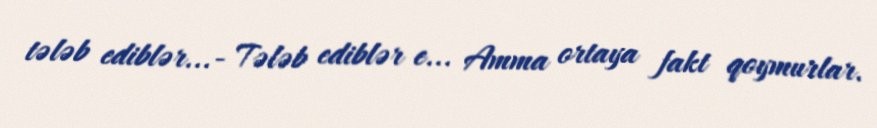
tələb ediblər...- Tələb ediblər e... Amma ortaya fakt qoymurlar.